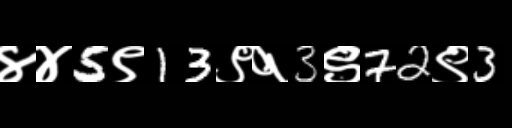
Text: ४४5९13९१3९72९3